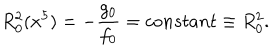
R _ { 0 } ^ { 2 } ( x ^ { 5 } ) = - \frac { g _ { 0 } } { f _ { 0 } } = c o n s t a n t \equiv R _ { 0 } ^ { 2 } .